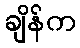
ချိန်က